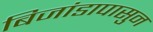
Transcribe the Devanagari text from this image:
बिजांडापासुन